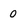
Character: 0